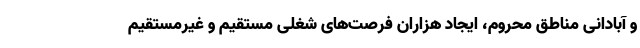
و آبادانی مناطق محروم، ایجاد هزاران فرصت‌های شغلی مستقیم و غیرمستقیم